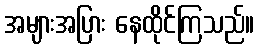
အများအပြား နေထိုင်ကြသည်။